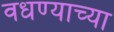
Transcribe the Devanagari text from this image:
वधण्याच्या